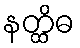
နတ္ထိဓ